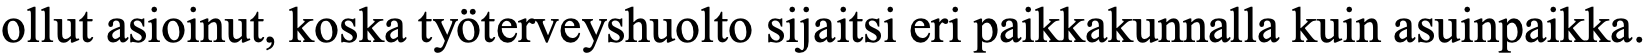
ollut asioinut, koska työterveyshuolto sijaitsi eri paikkakunnalla kuin asuinpaikka.